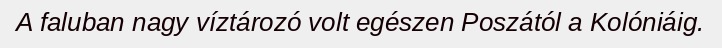
A faluban nagy víztározó volt egészen Poszától a Kolóniáig.